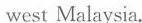
west Malaysia.